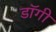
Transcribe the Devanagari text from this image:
डॉगी